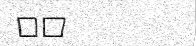
١٨